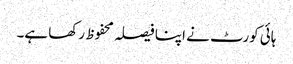
ہائی کورٹ نے اپنا فیصلہ محفوظ رکھا ہے۔